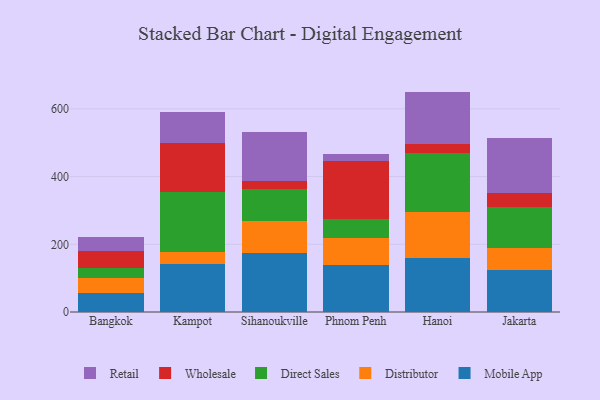
{"axis": {"x": "City", "y": "Shipments"}, "legend": ["Direct Sales", "Distributor", "Mobile App", "Retail", "Wholesale"], "data": [{"x": "Bangkok", "y": 56.0, "type": "Mobile App"}, {"x": "Bangkok", "y": 44.7, "type": "Distributor"}, {"x": "Bangkok", "y": 27.9, "type": "Direct Sales"}, {"x": "Bangkok", "y": 50.3, "type": "Wholesale"}, {"x": "Bangkok", "y": 43.5, "type": "Retail"}, {"x": "Kampot", "y": 142.5, "type": "Mobile App"}, {"x": "Kampot", "y": 34.0, "type": "Distributor"}, {"x": "Kampot", "y": 178.6, "type": "Direct Sales"}, {"x": "Kampot", "y": 144.8, "type": "Wholesale"}, {"x": "Kampot", "y": 92.0, "type": "Retail"}, {"x": "Sihanoukville", "y": 175.0, "type": "Mobile App"}, {"x": "Sihanoukville", "y": 94.9, "type": "Distributor"}, {"x": "Sihanoukville", "y": 94.4, "type": "Direct Sales"}, {"x": "Sihanoukville", "y": 23.1, "type": "Wholesale"}, {"x": "Sihanoukville", "y": 143.5, "type": "Retail"}, {"x": "Phnom Penh", "y": 138.9, "type": "Mobile App"}, {"x": "Phnom Penh", "y": 80.0, "type": "Distributor"}, {"x": "Phnom Penh", "y": 55.9, "type": "Direct Sales"}, {"x": "Phnom Penh", "y": 171.9, "type": "Wholesale"}, {"x": "Phnom Penh", "y": 19.4, "type": "Retail"}, {"x": "Hanoi", "y": 160.6, "type": "Mobile App"}, {"x": "Hanoi", "y": 134.1, "type": "Distributor"}, {"x": "Hanoi", "y": 174.1, "type": "Direct Sales"}, {"x": "Hanoi", "y": 28.3, "type": "Wholesale"}, {"x": "Hanoi", "y": 154.0, "type": "Retail"}, {"x": "Jakarta", "y": 125.3, "type": "Mobile App"}, {"x": "Jakarta", "y": 65.0, "type": "Distributor"}, {"x": "Jakarta", "y": 118.8, "type": "Direct Sales"}, {"x": "Jakarta", "y": 41.8, "type": "Wholesale"}, {"x": "Jakarta", "y": 162.5, "type": "Retail"}]}